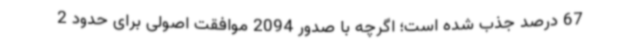
67 درصد جذب شده است؛ اگرچه با صدور 2094 موافقت اصولی برای حدود 2